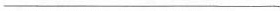
___